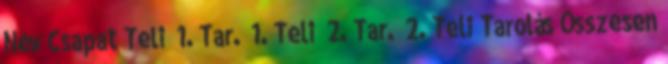
Név Csapat Teli 1. Tar. 1. Teli 2. Tar. 2. Teli Tarolás Összesen